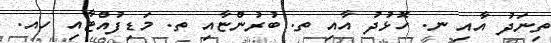
ތިނަދު އާއި ނ. ހޮޅުދު އާއި ތ. ބުރުންޏާއި ތ. މަޑިފުއްޓާއި ހއ.